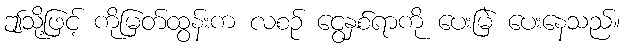
ဤသို့ဖြင့် ကိုမြတ်ထွန်းက လစဉ် ငွေနှစ်ရာကို ပေးမြဲ ပေးနေသည်။